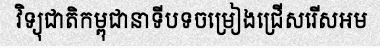
វិទ្យុជាតិកម្ពុជានាទីបទចម្រៀងជ្រើសរើសអម